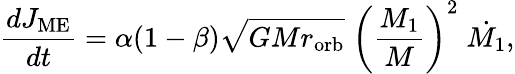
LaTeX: \frac{dJ_{\mathrm{ME}}}{dt}=\alpha(1-\beta)\sqrt{GMr_{\mathrm{orb}}}\; \bigg(\frac{M_{\mathrm{1}}}{M}\bigg)^{2}\; \dot{M_{\mathrm{1}}},